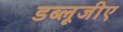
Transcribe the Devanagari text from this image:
डब्लूजीए